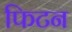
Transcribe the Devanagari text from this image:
फिटन